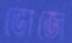
ভোজে